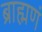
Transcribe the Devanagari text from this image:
ब्राह्मणं